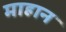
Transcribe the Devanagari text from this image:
माहान